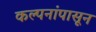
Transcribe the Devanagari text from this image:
कल्पनांपासून